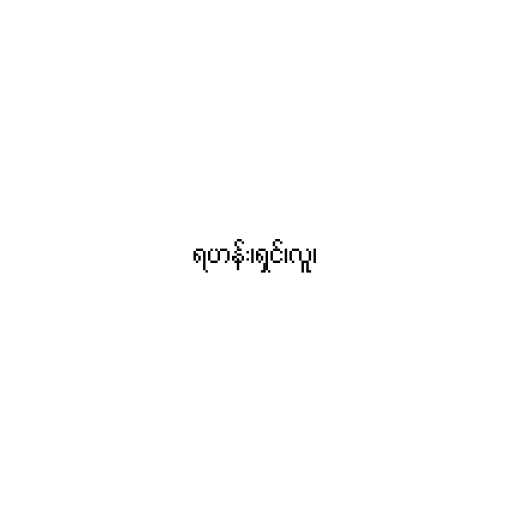
ရဟန်း၊ရှင်၊လူ၊